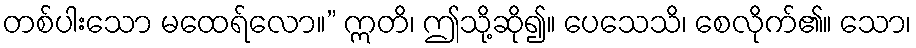
တစ်ပါးသော မထေရ်လော။” ဣတိ၊ ဤသို့ဆို၍။ ပေသေသိ၊ စေလိုက်၏။ သော၊